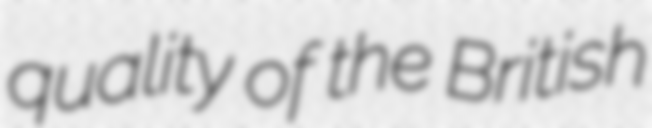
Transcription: quality of the British